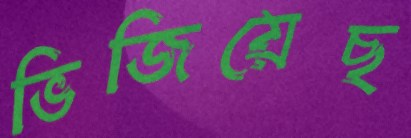
ভিজিয়েছ